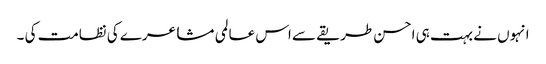
انہوں نے بہت ہی احسن طریقے سے اس عالمی مشاعرے کی نظامت کی ۔